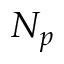
N _ { p }